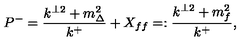
P ^ { - } = \frac { k ^ { \perp 2 } + m _ { \Delta } ^ { 2 } } { k ^ { + } } + X _ { f f } = : \frac { k ^ { \perp 2 } + m _ { f } ^ { 2 } } { k ^ { + } } ,